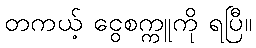
တကယ့် ငွေစက္ကူကို ရပြီ။